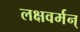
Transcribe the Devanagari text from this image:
लक्षवर्मन्‌